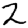
Digit: 2